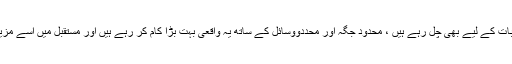
یہی سب کورسز طالبات کے لیے بھی چل رہے ہیں ، محدود جگہ اور محددووسائل کے ساتھ یہ واقعی بہت بڑا کام کر رہے ہیں اور مستقبل میں اسے مزید پھیلانا چاہتے ہیں ۔